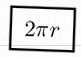
2\pi r